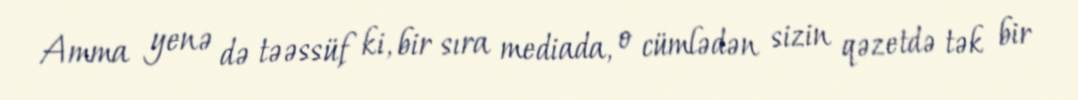
Amma yenə də təəssüf ki, bir sıra mediada, o cümlədən sizin qəzetdə tək bir